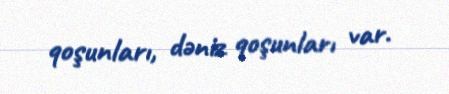
qoşunları, dəniz qoşunları var.